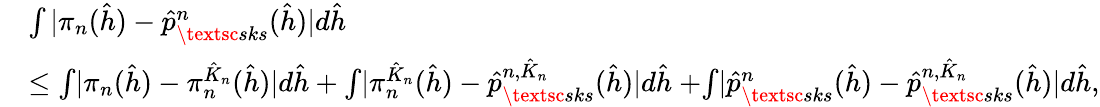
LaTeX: \begin{array}{rl}&{\int|\pi_{n}(\hat{h})-\hat{p}_{\textsc{sks}}^{n}(\hat{h})|d\hat{h}}\\ &{\leq{\int}|\pi_{n}(\hat{h})-\pi_{n}^{\hat{K}_{n}}(\hat{h})|d\hat{h}+{\int}|\pi_{n}^{\hat{K}_{n}}(\hat{h})-\hat{p}_{\textsc{sks}}^{n,\hat{K}_{n}}(\hat{h})|d\hat{h}\ {+}{\int}|\hat{p}_{\textsc{sks}}^{n}(\hat{h})-\hat{p}_{\textsc{sks}}^{n,\hat{K}_{n}}(\hat{h})|d\hat{h},}\end{array}